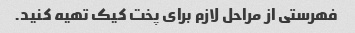
فهرستی از مراحل لازم برای پخت کیک تهیه کنید.